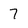
Character: 7